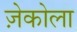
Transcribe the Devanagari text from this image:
ज़ेकोला